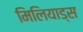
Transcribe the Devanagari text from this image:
मिलियाड्स